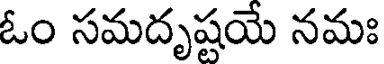
ఓం సమదృష్టయే నమః